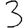
Digit: 3